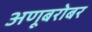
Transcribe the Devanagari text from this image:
अणूबरोबर